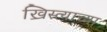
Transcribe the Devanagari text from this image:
ख्रिस्त्याच्या